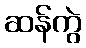
ဆန်ကွဲ